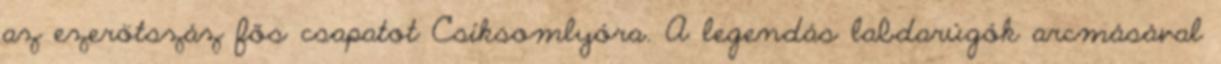
az ezerötszáz fős csapatot Csíksomlyóra. A legendás labdarúgók arcmásával